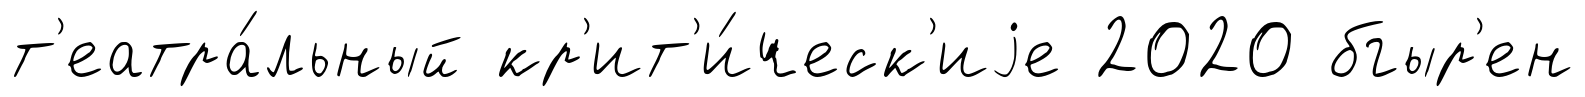
т'еатра́льный кр'ит'и́ческ'иjе 2020 бгыр'ен